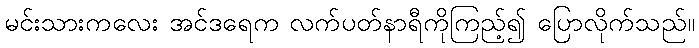
မင်းသားကလေး အင်ဒရေက လက်ပတ်နာရီကိုကြည့်၍ ပြောလိုက်သည်။